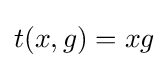
t(x,g)=xg